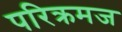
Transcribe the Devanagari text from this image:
परिक्रमज